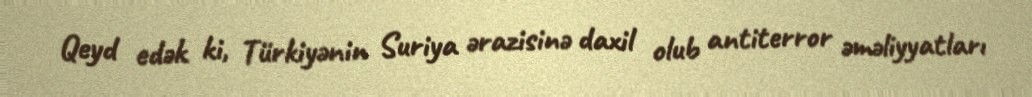
Qeyd edək ki, Türkiyənin Suriya ərazisinə daxil olub antiterror əməliyyatları